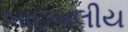
બાઇબલીય